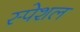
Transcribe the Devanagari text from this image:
स्‍पेशल